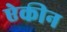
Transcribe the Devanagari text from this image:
ऐकीन